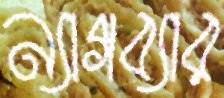
ন্যাগব্যার